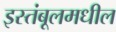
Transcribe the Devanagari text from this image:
इस्तंबूलमधील